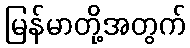
မြန်မာတို့အတွက်